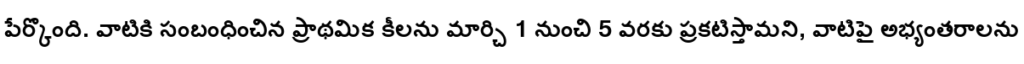
పేర్కొంది. వాటికి సంబంధించిన ప్రాథమిక కీలను మార్చి 1 నుంచి 5 వరకు ప్రకటిస్తామని, వాటిపై అభ్యంతరాలను